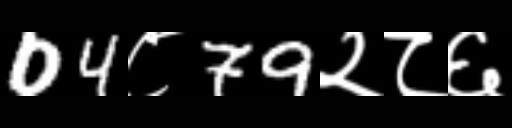
Text: 04८79२८६